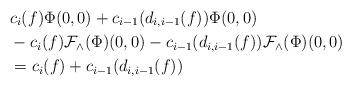
LaTeX: \begin{align*}&c_i(f)\Phi(0,0)+c_{i-1}(d_{i,i-1}(f))\Phi(0,0)\\&-c_i(f) \mathcal{F}_\wedge(\Phi)(0,0)-c_{i-1}(d_{i,i-1}(f))\mathcal{F}_\wedge(\Phi)(0,0)\\&=c_i(f)+c_{i-1}(d_{i,i-1}(f))\end{align*}